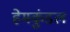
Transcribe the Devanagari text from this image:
हेमकुंडल